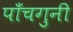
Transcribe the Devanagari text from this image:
पाँचगुनी